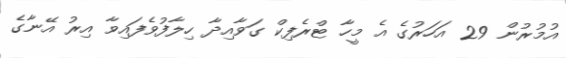
އުމުރުން 29 އަހަރުގެ އެ މީހާ ޓްރެފިކް ގަވާއިދާ ހިލާފުވެފައިވާ އިރު އޭނާގެ